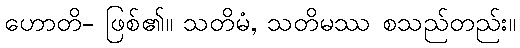
ဟောတိ- ဖြစ်၏။ သတိမံ, သတိမဿ စသည်တည်း။